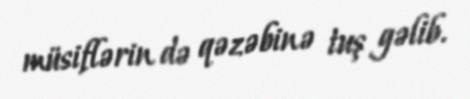
müsiflərin də qəzəbinə tuş gəlib.